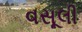
વસૂલી